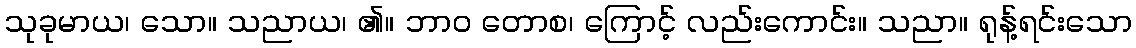
သုခုမာယ၊ သော။ သညာယ၊ ၏။ ဘာဝ တောစ၊ ကြောင့် လည်းကောင်း။ သညာ။ ရုန့်ရင်းသော